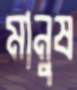
মানুষ